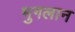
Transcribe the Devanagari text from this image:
मुगलान